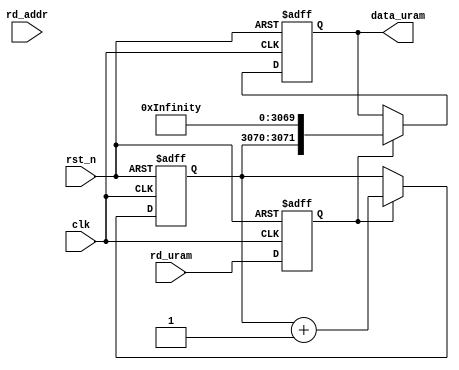
`timescale 1ns / 1ps
//////////////////////////////////////////////////////////////////////////////////
// Company: 
// Engineer: 
// 
// Design Name: 
// Module Name: template_uram
// Project Name: 
// Target Devices: 
// Tool Versions: 
// Description: 
// 
// Dependencies: 
// 
// Revision:
// Revision 0.01 - File Created
// Additional Comments:
// 
//////////////////////////////////////////////////////////////////////////////////


module template_uram#(
    parameter  WIDTH = 3072,
    parameter URAM_ADDR=12
)(
    input clk,
    input rst_n,
    input rd_uram,
    input [URAM_ADDR-1:0] rd_addr,
    output reg [WIDTH-1:0] data_uram
    );
    reg rd_delay;
    always@(posedge clk or negedge rst_n) begin
        if(~rst_n) begin
            rd_delay <= 0;
        end
        else begin
            rd_delay <= rd_uram;
        end
    end
    reg [1:0] tmp;
    always@(posedge clk or negedge rst_n ) begin
        if(~rst_n) begin
            data_uram <= 0;
            tmp <= 0;
        end
        else if(rd_delay) begin
            data_uram <= {tmp, 3070'h2537b809d650de8821a83a5433a9d61aede0b5920116118d86fb93a8d61ff5a55a3e1a86a9120ba88af0ff4819be8672a58ecbc4400842af1066a7b2e35e526d9ab97bd64db7bff40899184841441aa17a2d7841cf20bc9a5fc943298506d301af280f381f7926c35def357682db8c4db8efe60f0aa935118ab780d2973963903eb6d14bb6540990f80c8061362db2be2bf1cc084dce716c58cca95c5cd0c1b936019cd4759e88ad73f4da76a03fbeef68cb9e02460732361921f86cce6536ba073754de30ed0e06ed36943c5ec050f7ddd4257fbb5af45a6f419c93f11cd49134357a0be4edc9ec3ca2f8b87afa9fa492ab0d79195a0fee32d288531fef019fa0c99c50fed25f253cb31035ef94ecbf2d1565bdc8cc519313cbef7757b04f50f8ca834effd0688af300f3659a9447316b59e67540d31c8be01cb54ecae0e8ca60cf668014db967669e48796ecd0807113b29d0a42eb574f2e554879c44eb5d200585ffbd15b31f5f7a0a3a557a31bc8400bf88f4748907725c7be2d13da5531};
            tmp <= tmp+1;
        end
    end
    
endmodule